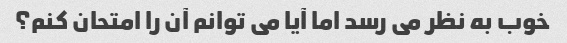
خوب به نظر می رسد اما آیا می توانم آن را امتحان کنم؟